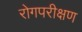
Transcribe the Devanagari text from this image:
रोगपरीक्षण